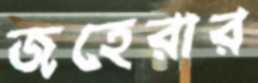
জহেরার